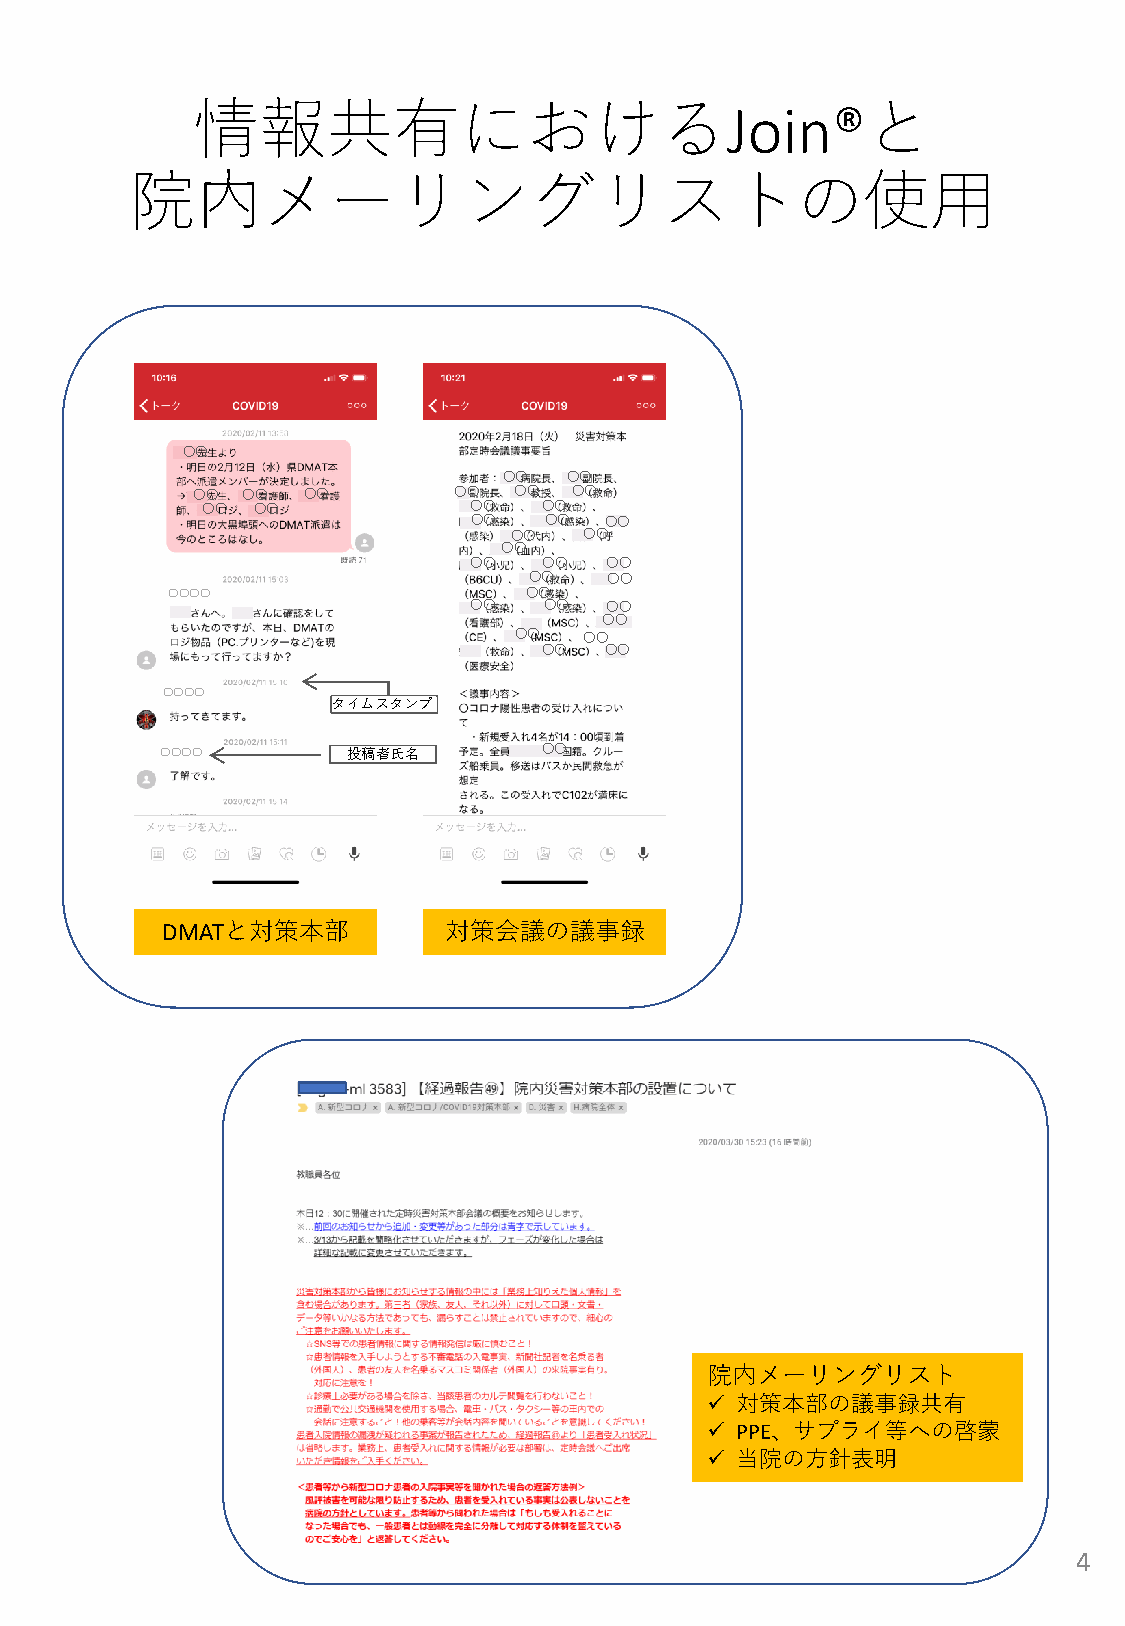
情報共有における                                    と
 Join®
 院内メーリングリストの使用
 ○○
 ○○   ○○
 ○○ ○○  ○○        ○○  ○○  ○○
 ○○  ○○            ○○   ○○
 ○○   ○○  ○○
 ○○   ○○
 ○○
 ○○   ○○  ○○
 ○○   ○○
 〇〇〇〇                    ○○
 ○○   ○○  ○○
 ○○
 ○○   ○○
 ○○  ○○
 〇〇〇〇
 タイムスタンプ
 〇〇〇〇        投稿者氏名        ○○
 DMATと対策本部         対策会議の議事録
 院内メーリングリスト
  対策本部の議事録共有
  PPE、サプライ等への啓蒙
  当院の方針表明
 4